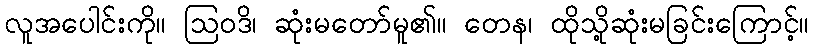
လူအပေါင်းကို။ ဩဝဒိ၊ ဆုံးမတော်မူ၏။ တေန၊ ထိုသို့ဆုံးမခြင်းကြောင့်။